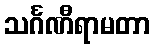
သင်္ဂဏီရာမတာ